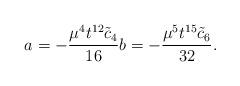
LaTeX: \begin{align*} a = - \frac{\mu^4 t^{12} \tilde{c}_4}{16} b = - \frac{\mu^5 t^{15} \tilde{c}_6}{32}.\end{align*}